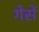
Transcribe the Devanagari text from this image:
गेसें